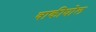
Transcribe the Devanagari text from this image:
वाकीघोल